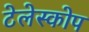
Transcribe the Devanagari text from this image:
टेलेस्कोप